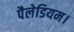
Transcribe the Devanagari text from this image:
पैलेडियम।